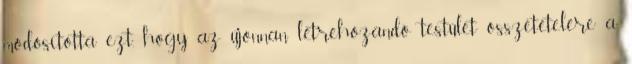
módosította ezt, hogy az újonnan létrehozandó testület összetételére a